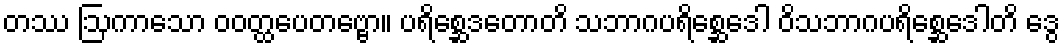
တဿ ဩကာသော ဝဝတ္ထပေတဗ္ဗော။ ပရိစ္ဆေဒတောတိ သဘာဂပရိစ္ဆေဒေါ ဝိသဘာဂပရိစ္ဆေဒေါတိ ဒွေ